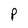
Character: P